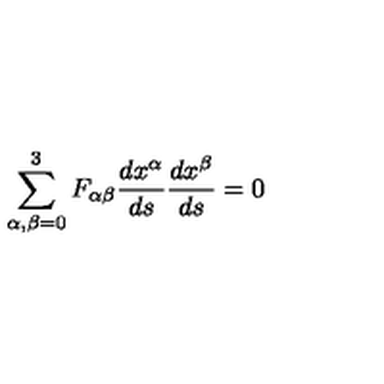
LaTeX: \sum _ { \alpha , \beta = 0 } ^ { 3 } F _ { \alpha \beta } \frac { d x ^ { \alpha } } { d s } \frac { d x ^ { \beta } } { d s } = 0